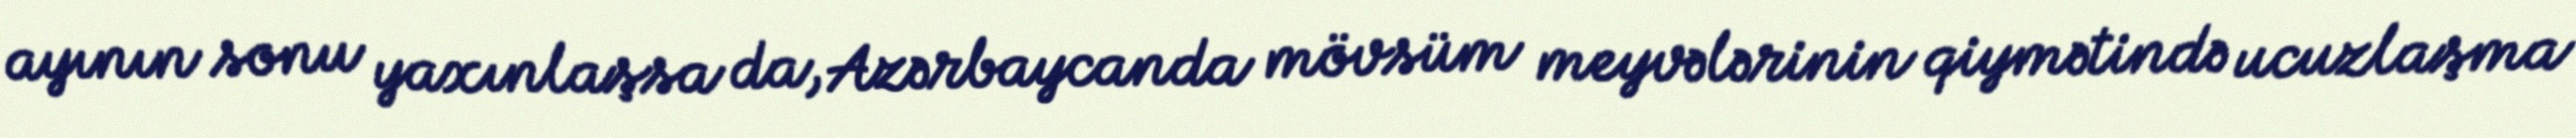
ayının sonu yaxınlaşsa da, Azərbaycanda mövsüm meyvələrinin qiymətində ucuzlaşma